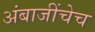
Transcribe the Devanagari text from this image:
अंबाजींचेच